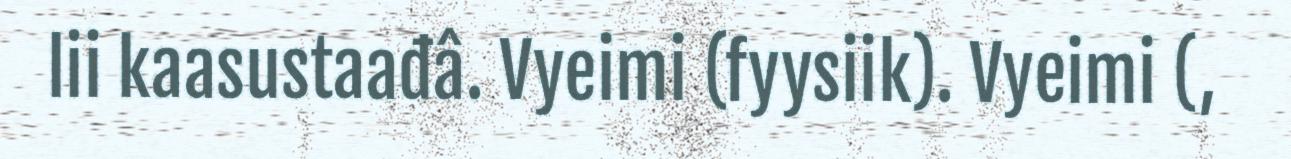
lii kaasustaađâ. Vyeimi (fyysiik). Vyeimi (,